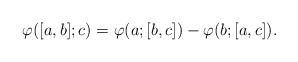
\begin{align*} \varphi([a,b]; c) = \varphi(a; [b,c]) - \varphi (b; [a,c]).\end{align*}